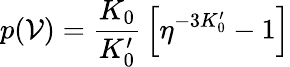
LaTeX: p(\mathcal{V})={\frac{{K_{0}}}{{K_{0}^{\prime}}}}\left[\eta^{-3K_{0}^{\prime}}-1\right]